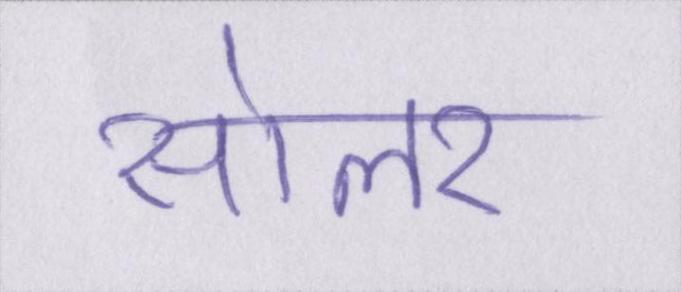
सोलर